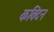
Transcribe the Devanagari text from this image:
कविंदन